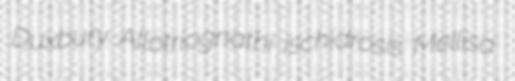
Duxbury Allotriognathi ischidrosis Mellisa